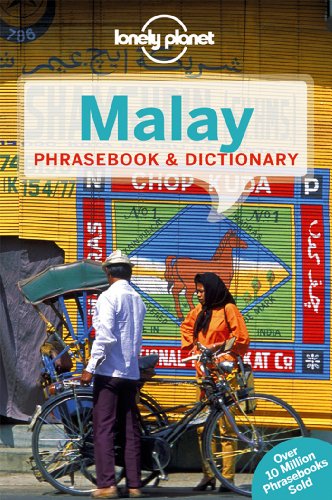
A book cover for Lonely Planet Malay Phrasebook & Dictionary; Lonely Planet; Travel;